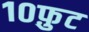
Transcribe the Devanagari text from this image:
१०फ़ुट